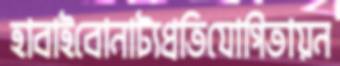
হাবাইবোনাট্যপ্রতিযোগিতায়ন